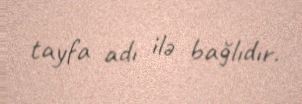
tayfa adı ilə bağlıdır.